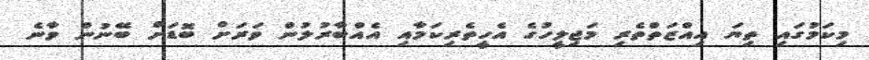
މިކަމުގައި ތިޔަ އިއްޒަތްތެރި މަޖިލީހުގެ އެހީތެރިކަމާއި އެއްބާރުލުން ވަރަށް ބޮޑަށް ބޭނުން ވާނެ